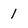
Character: 1